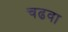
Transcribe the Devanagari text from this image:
चढवा